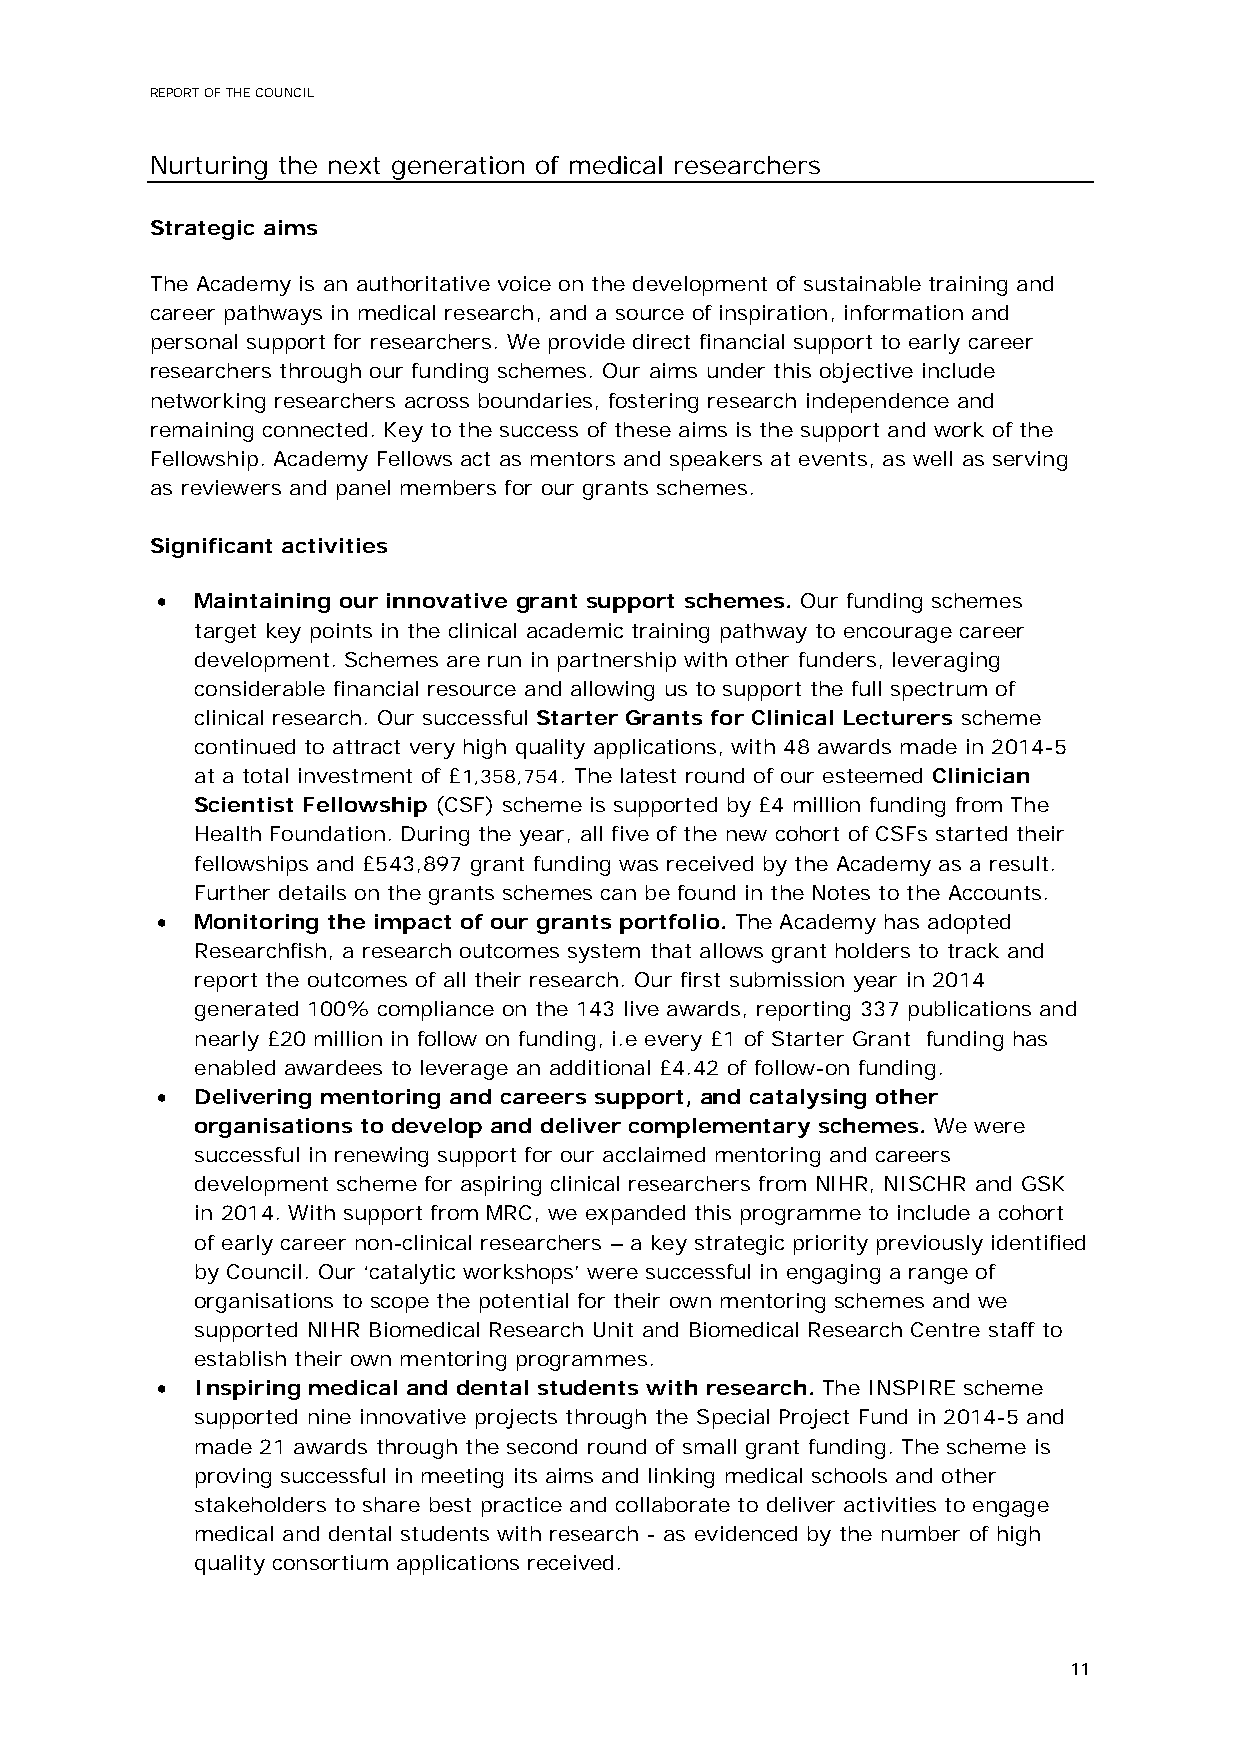
REPORT OF THE COUNCIL
 Nurturing the next generation of medical researchers
 Strategic aims
 The Academy is an authoritative voice on the development of sustainable training and
 career pathways in medical research, and a source of inspiration, information and
 personal support for researchers. We provide direct financial support to early career
 researchers through our funding schemes. Our aims under this objective include
 networking researchers across boundaries, fostering research independence and
 remaining connected. Key to the success of these aims is the support and work of the
 Fellowship. Academy Fellows act as mentors and speakers at events, as well as serving
 as reviewers and panel members for our grants schemes.
 Significant activities
 •  Maintaining our innovative grant support schemes. Our funding schemes
 target key points in the clinical academic training pathway to encourage career
 development. Schemes are run in partnership with other funders, leveraging
 considerable financial resource and allowing us to support the full spectrum of
 clinical research. Our successful Starter Grants for Clinical Lecturers scheme
 continued to attract very high quality applications, with 48 awards made in 2014-5
 at a total investment of £1,358,754. The latest round of our esteemed Clinician
 Scientist Fellowship (CSF) scheme is supported by £4 million funding from The
 Health Foundation. During the year, all five of the new cohort of CSFs started their
 fellowships and £543,897 grant funding was received by the Academy as a result.
 Further details on the grants schemes can be found in the Notes to the Accounts.
 •  Monitoring the impact of our grants portfolio. The Academy has adopted
 Researchfish, a research outcomes system that allows grant holders to track and
 report the outcomes of all their research. Our first submission year in 2014
 generated 100% compliance on the 143 live awards, reporting 337 publications and
 nearly £20 million in follow on funding, i.e every £1 of Starter Grant funding has
 enabled awardees to leverage an additional £4.42 of follow-on funding.
 •  Delivering mentoring and careers support, and catalysing other
 organisations to develop and deliver complementary schemes. We were
 successful in renewing support for our acclaimed mentoring and careers
 development scheme for aspiring clinical researchers from NIHR, NISCHR and GSK
 in 2014. With support from MRC, we expanded this programme to include a cohort
 of early career non-clinical researchers – a key strategic priority previously identified
 by Council. Our ‘catalytic workshops’ were successful in engaging a range of
 organisations to scope the potential for their own mentoring schemes and we
 supported NIHR Biomedical Research Unit and Biomedical Research Centre staff to
 establish their own mentoring programmes.
 •  Inspiring medical and dental students with research. The INSPIRE scheme
 supported nine innovative projects through the Special Project Fund in 2014-5 and
 made 21 awards through the second round of small grant funding. The scheme is
 proving successful in meeting its aims and linking medical schools and other
 stakeholders to share best practice and collaborate to deliver activities to engage
 medical and dental students with research - as evidenced by the number of high
 quality consortium applications received.
 11